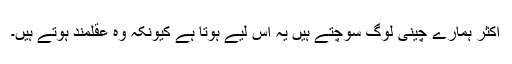
اکثر ہمارے چینی لوگ سوچتے ہیں یہ اِس لیے ہوتا ہے کیونکہ وہ عقلمند ہوتے ہیں۔